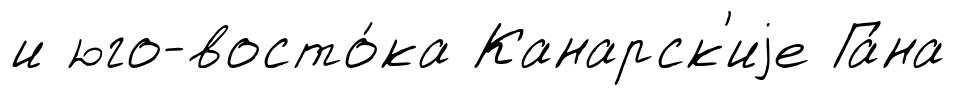
и юго-восто́ка Канарск'иjе Га́на